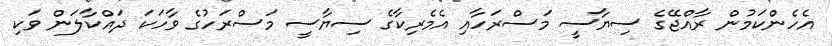
އެހެންކަމުން ރާއްޖޭގެ ސިޔާސީ މަސްރަހާއި އެމެރިކާގެ ސިޔާސީ މަސްރަހުގެ ވާހަކަ ދައްކާލަން ވަކި